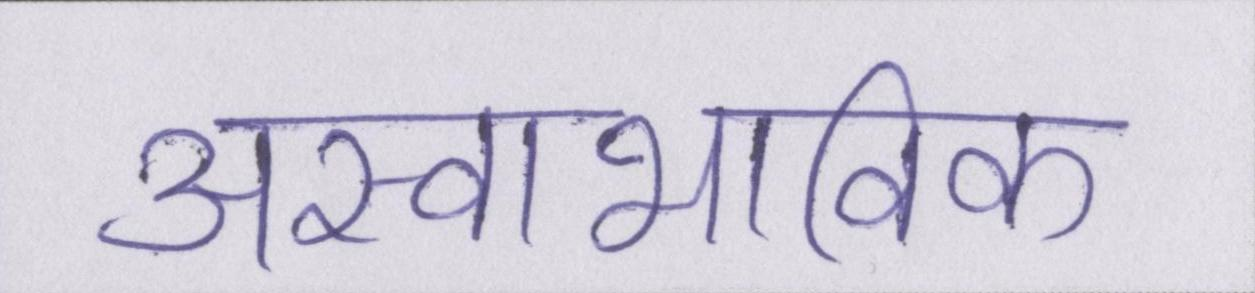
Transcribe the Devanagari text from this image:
अस्वाभाविक